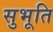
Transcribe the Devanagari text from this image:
सुभूति